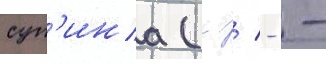
суп'ина (-/ - -